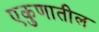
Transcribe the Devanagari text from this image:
एकुणातील